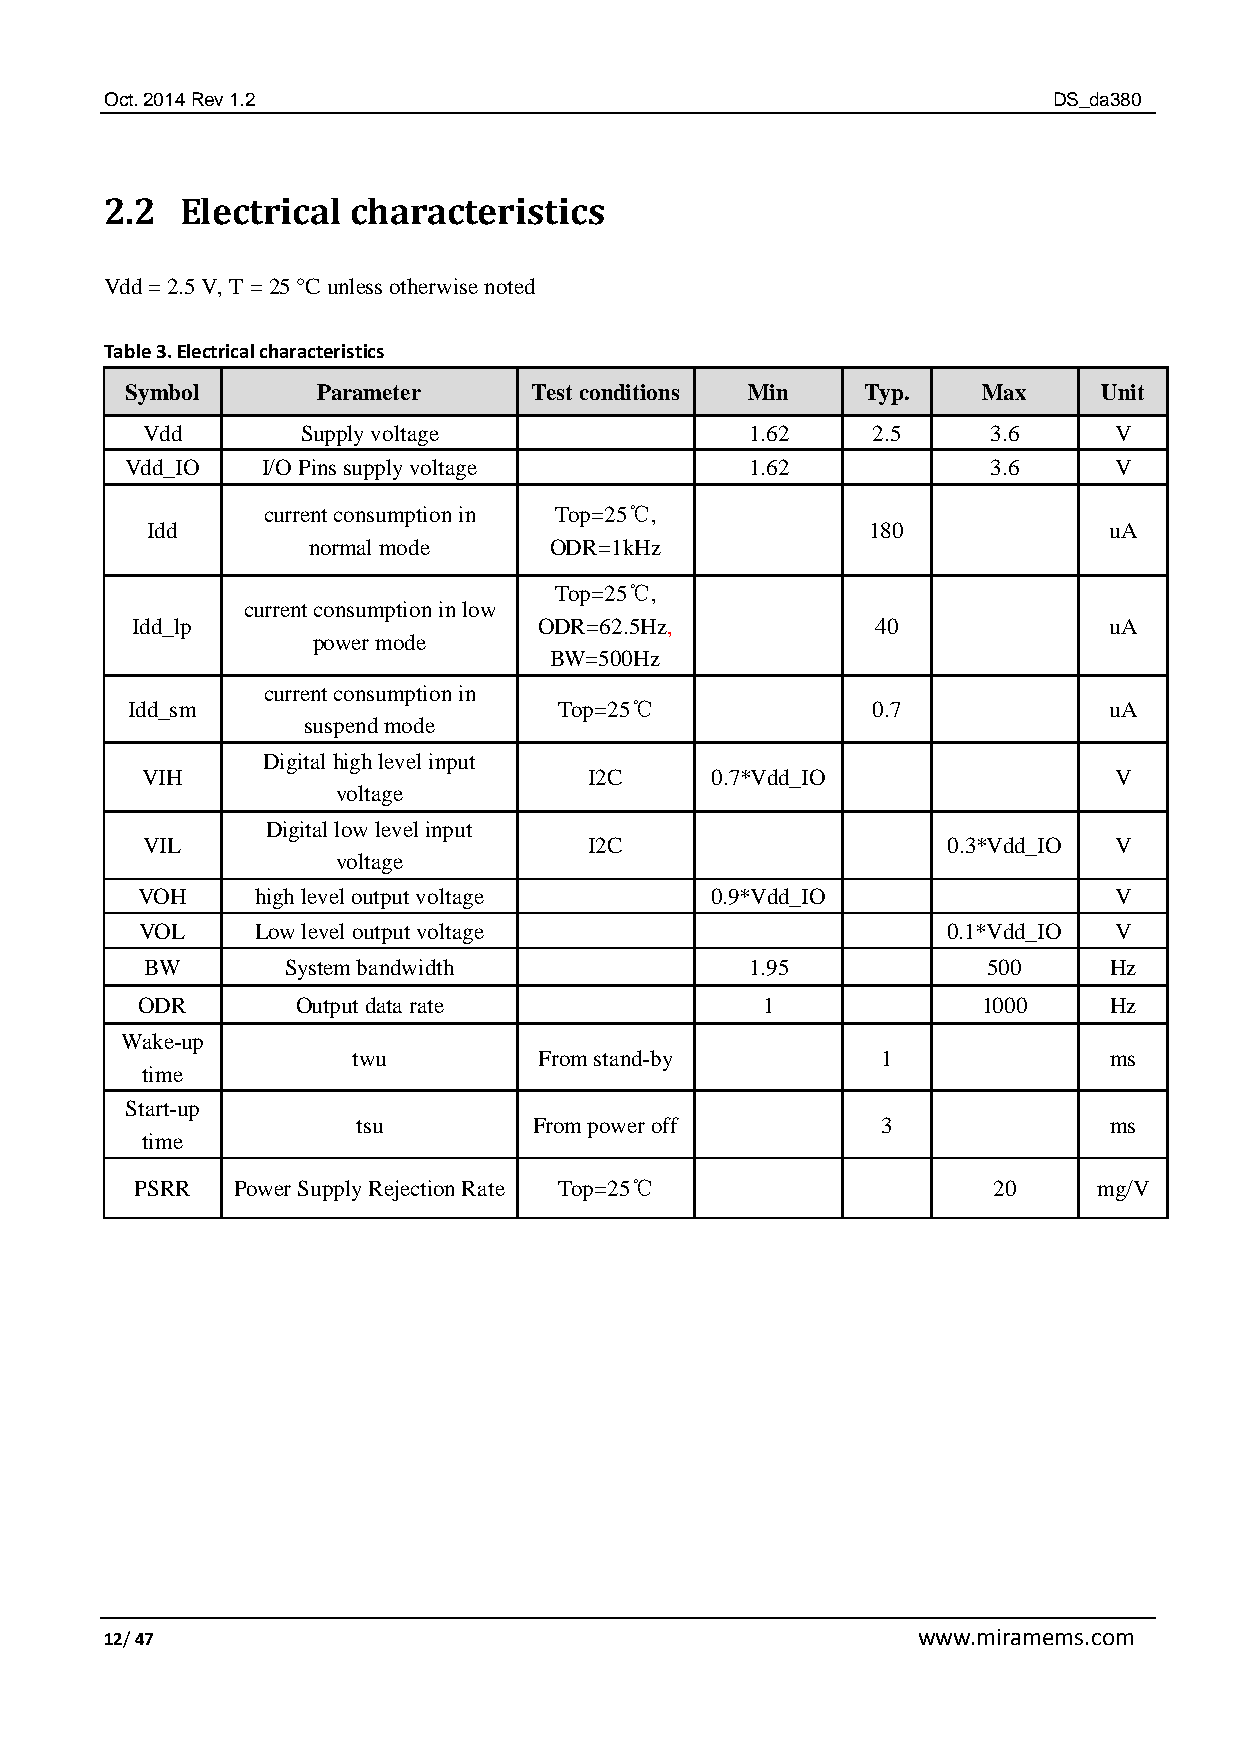
Oct. 2014 Rev 1.2                                              DS_da380
 2.2  Electrical characteristics
 Vdd = 2.5 V, T = 25 °C unless otherwise noted
 Table 3. Electrical characteristics
 Symbol       Parameter     Test conditions Min   Typ.    Max     Unit
 Vdd        Supply voltage                1.62    2.5     3.6     V
 Vdd_IO   I/O Pins supply voltage          1.62            3.6     V
 current consumption in Top=25℃,
 Idd                                             180            uA
 normal mode     ODR=1kHz
 Top=25℃,
 current consumption in low
 Idd_lp                     ODR=62.5Hz,           40             uA
 power mode
 BW=500Hz
 current consumption in
 Idd_sm                       Top=25℃              0.7            uA
 suspend mode
 Digital high level input
 VIH                           I2C     0.7*Vdd_IO                 V
 voltage
 Digital low level input
 VIL                           I2C                     0.3*Vdd_IO V
 voltage
 VOH     high level output voltage     0.9*Vdd_IO                 V
 VOL     Low level output voltage                      0.1*Vdd_IO V
 BW       System bandwidth               1.95           500     Hz
 ODR        Output data rate              1              1000    Hz
 Wake-up
 twu          From stand-by         1              ms
 time
 Start-up
 tsu        From power off         3              ms
 time
 PSRR  Power Supply Rejection Rate Top=25℃                20     mg/V
 12/ 47                                                www.miramems.com